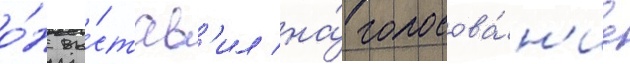
о́н вы́став'ил на́ голосова́н'ие